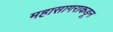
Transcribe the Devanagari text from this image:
महासागराकडून